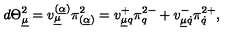
d \Theta _ { \underline { \mu } } ^ { 2 } = v _ { \underline { \mu } } ^ { ( \underline { \alpha } ) } \pi _ { ( \underline { \alpha } ) } ^ { 2 } = v _ { \underline { \mu } q } ^ { + } \pi _ { q } ^ { 2 - } + v _ { \underline { \mu } \dot { q } } ^ { - } \pi _ { \dot { q } } ^ { 2 + } ,